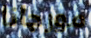
مورجانا